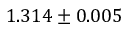
1 . 3 1 4 \pm 0 . 0 0 5